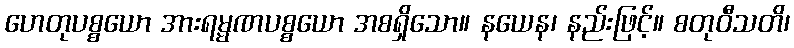
ဟေတုပစ္စယော အားရမ္မဏပစ္စယော အစရှိသော။ နယေန၊ နည်းဖြင့်။ စတုဝီသတိ၊